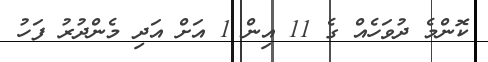
ކޮންމެ ދުވަހެއް ގެ 11 އިން 1 އަށް އަދި މެންދުރު ފަހު